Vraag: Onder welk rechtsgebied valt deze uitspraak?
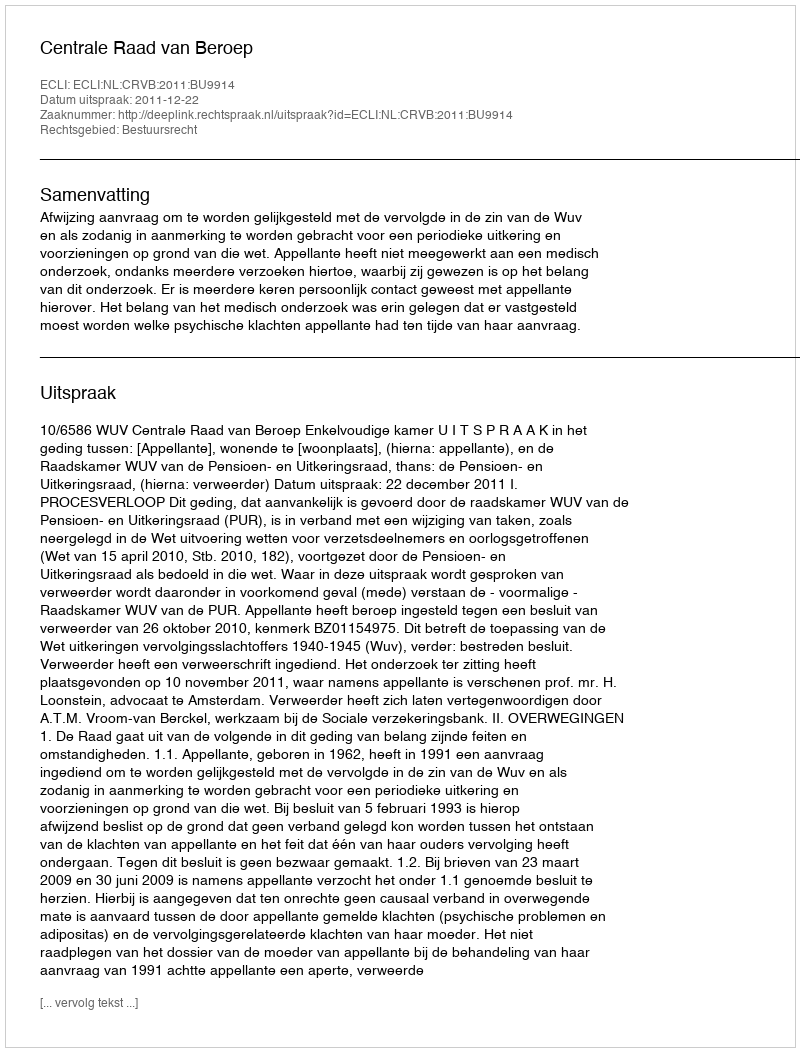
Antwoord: Bestuursrecht